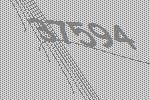
37594